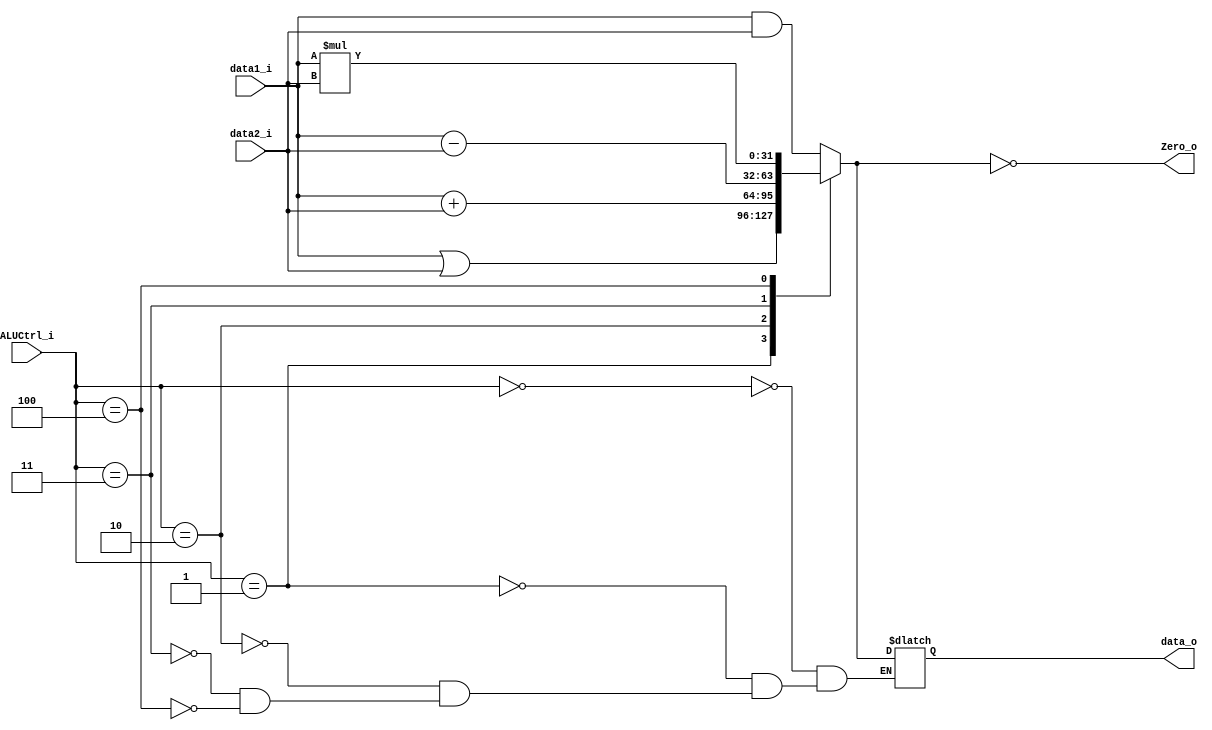
module ALU
(
	data1_i,
	data2_i,
	ALUCtrl_i,
	data_o,
	Zero_o
);

input		[31:0]		data1_i, data2_i;
input		[2:0]		ALUCtrl_i;
output		[31:0]		data_o;
output					Zero_o;

reg			[31:0]		tmp;
reg						zero_tmp;
assign data_o = tmp;
assign Zero_o = zero_tmp;

always @(*) begin
	case (ALUCtrl_i)
		3'd0:	tmp = data1_i & data2_i;
		3'd1:	tmp = data1_i | data2_i;
		3'd2:	tmp = data1_i + data2_i;
		3'd3:	tmp = data1_i - data2_i;
		3'd4:	tmp = data1_i * data2_i;
	endcase
	zero_tmp = (tmp == 32'd0);
end

endmodule